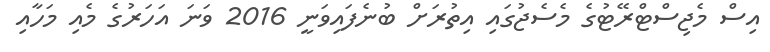
އިސް މެޖިސްޓްރޭޓުގެ މެސެޖުގައި އިތުރަށް ބުނެފައިވަނީ 2016 ވަނަ އަހަރުގެ މެއި މަހާއި